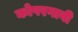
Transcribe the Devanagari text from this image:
कोपरगावी